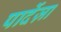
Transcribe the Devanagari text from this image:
पार्देज़ा